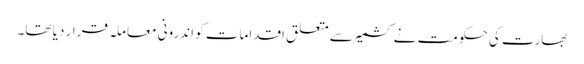
بھارت کی حکومت نے کشمیر سے متعلق اقدامات کو اندرونی معاملہ قرار دیا تھا۔